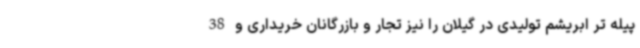
پیله تر ابریشم تولیدی در گیلان را نیز تجار و بازرگانان خریداری و 38